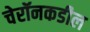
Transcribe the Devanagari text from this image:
चेरॉनकडील